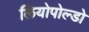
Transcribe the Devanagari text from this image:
लियोपोल्डो